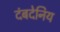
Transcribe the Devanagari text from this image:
दंबदेनिय